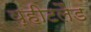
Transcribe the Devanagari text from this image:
व्हीटलैंड